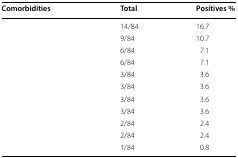
<table><thead><tr><td><b>Comorbidities</b></td><td><b>Total</b></td><td><b>Positives %</b></td></tr></thead><tbody><tr><td>[EMPTY_CELL]</td><td>14/84</td><td>16.7</td></tr><tr><td>[EMPTY_CELL]</td><td>9/84</td><td>10.7</td></tr><tr><td>[EMPTY_CELL]</td><td>6/84</td><td>7.1</td></tr><tr><td>[EMPTY_CELL]</td><td>6/84</td><td>7.1</td></tr><tr><td>[EMPTY_CELL]</td><td>3/84</td><td>3.6</td></tr><tr><td>[EMPTY_CELL]</td><td>3/84</td><td>3.6</td></tr><tr><td>[EMPTY_CELL]</td><td>3/84</td><td>3.6</td></tr><tr><td>[EMPTY_CELL]</td><td>3/84</td><td>3.6</td></tr><tr><td>[EMPTY_CELL]</td><td>2/84</td><td>2.4</td></tr><tr><td>[EMPTY_CELL]</td><td>2/84</td><td>2.4</td></tr><tr><td>[EMPTY_CELL]</td><td>1/84</td><td>0.8</td></tr></tbody></table>